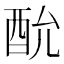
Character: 𮠠